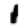
Digit: 1